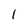
Character: 1